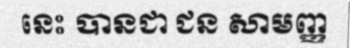
នេះ បានជា ជន សាមញ្ញ